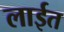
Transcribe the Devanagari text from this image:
लाईत